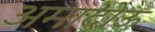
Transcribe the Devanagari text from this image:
अमादोऊ